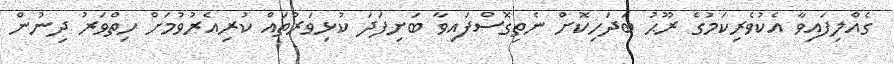
ގެއްލިފައިވާ އެކުވެރިކަމުގެ ރޫޙު ބަދަހިކޮށް ނެތިގޮސްފައިވާ ބަށިފަދަ ކުޅިވަރުތައް ކުރިއެރުވުމަށް ހިތްވަރު ދިނުން